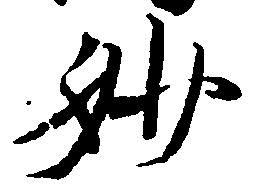
妙